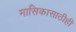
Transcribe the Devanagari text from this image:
मासिकासाठीही